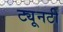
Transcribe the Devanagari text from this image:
ट्यूनटी